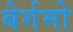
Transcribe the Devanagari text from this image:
बेर्गमो